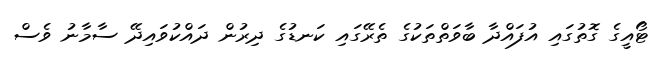
ޓޯއީގެ ގޮތުގައި އުފައްދާ ބާވަތްތަކުގެ ތެރޭގައި ކަނޑުގެ ދިރުން ދައްކުވައިދޭ ސާމާނު ވެސް